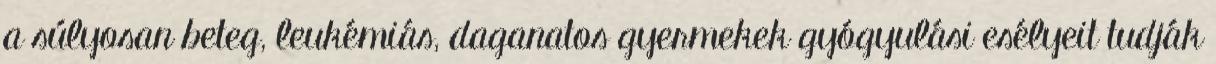
a súlyosan beteg, leukémiás, daganatos gyermekek gyógyulási esélyeit tudják